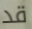
قد